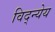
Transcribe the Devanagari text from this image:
विद्न्येय